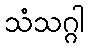
သံသဂ္ဂါ